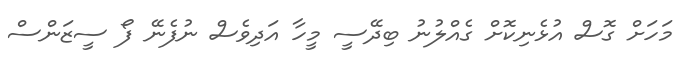
މަހަށް ގޮސް އުޅެނިކޮށް ގެއްލުނު ބިދޭސީ މީހާ އަދިވެސް ނުފެނޭ ފޯ ސީޒަންސް